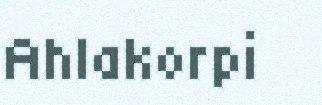
Ahlakorpi